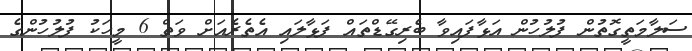
ސަލާމަތީގޮތުން ފުލުހުން އަޅާފައިވާ ބެރިގޭޑްތައް ފަޅާލައި އެތެރެއަށް ވަތް 6 މީހަކު ފުލުހުންގެ